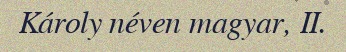
Károly néven magyar, II.